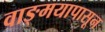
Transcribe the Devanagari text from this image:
वाङ्‌मयापासून